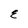
Character: E